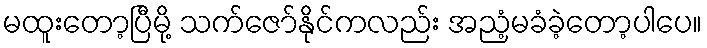
မထူးတော့ပြီမို့ သက်ဇော်နိုင်ကလည်း အညံ့မခံခဲ့တော့ပါပေ။